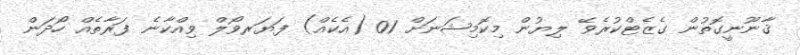
ޤާނޫނީގޮތުން ގެޒެޓްކުރެވޭ ލިޔުން މިކޮމިޝަނަށް 01 (އެކެއް) ފަޔަރވޯލް ވިއްކާނެ ފަރާތެއް ހޯދަން